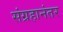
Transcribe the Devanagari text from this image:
संग्रहानंतर